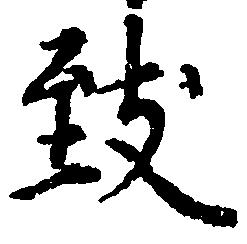
致